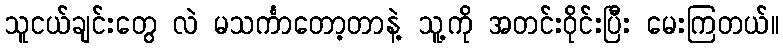
သူငယ်ချင်းတွေ လဲ မသင်္ကာတော့တာနဲ့ သူ့ကို အတင်းဝိုင်းပြီး မေးကြတယ်။